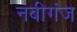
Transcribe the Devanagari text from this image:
नबीगंज